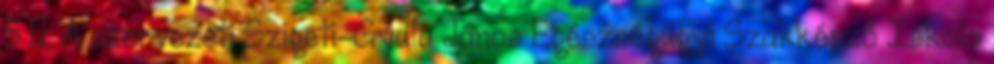
5 1.1. A szervezeti Szigeti-Gyula János Egészségügyi Szakképző Iskola